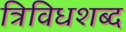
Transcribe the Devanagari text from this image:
त्रिविधशब्द